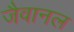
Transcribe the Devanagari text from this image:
जैवानल